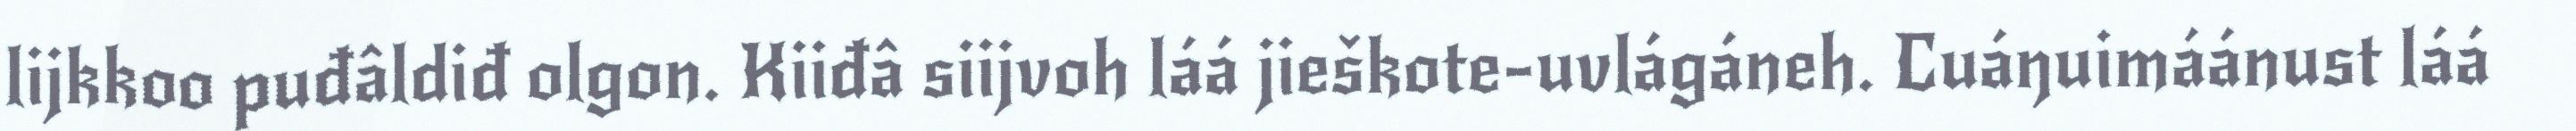
lijkkoo puđâldiđ olgon. Kiiđâ siijvoh láá jieškote-uvlágáneh. Cuáŋuimáánust láá